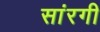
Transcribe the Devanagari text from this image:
सांरगी